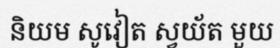
និយម សូវៀត ស្វយ័ត មួយ